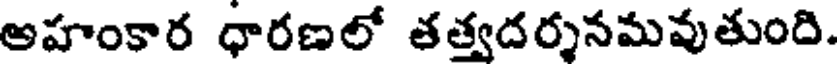
అహంకార ధారణలో తత్వదర్శసమవుతుంది.